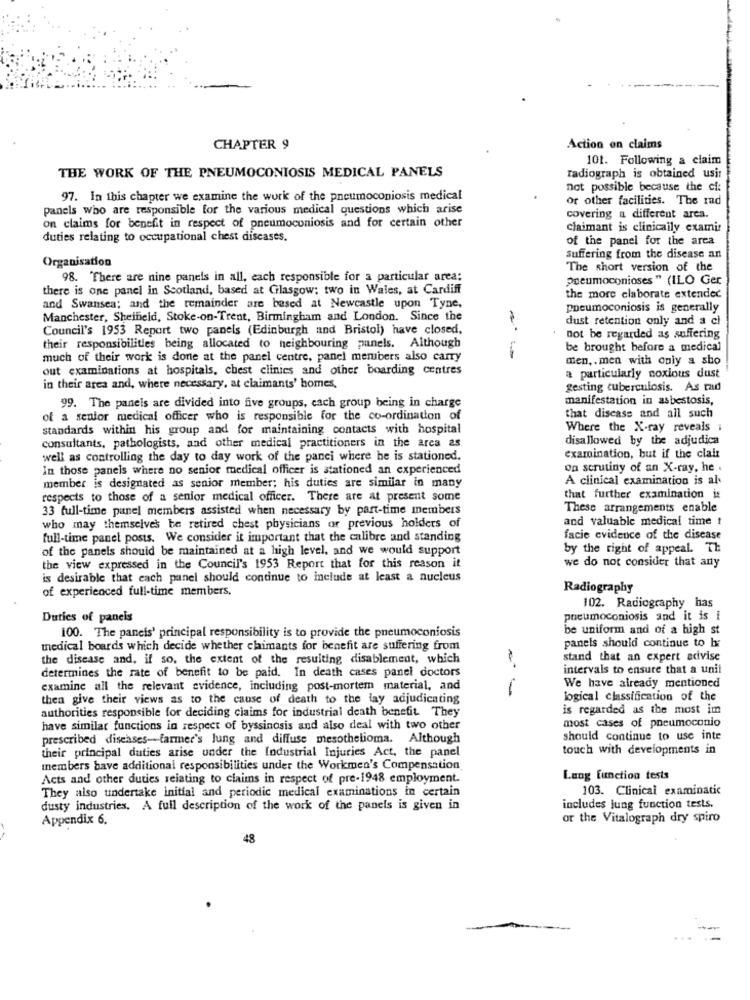
CHAPTER 9
Action on claims
101. Following a claim
THE WORK OF THE PNEUMOCONIOSIS MEDICAL PANELS
radiograph is obtained usit
not possible because the cf:
97. In this chapter we examine the work of the pneumoconiosis medical
or other facilities. The rad
panels who are responsible for the various medical questions which arise
on claims for benefit in respect of pneumoconiosis and for certain other
covering a different arca.
claimant is clinically examir
duties relating to occupational chest diseases.
of the panel for the area
Organisation
suffering from the disease an
The short version of the
98. There are nine panels in all, each responsible for a particular area;
Poeumoconioses " (ILO Ger
there is one panel in Scotland, based at Glasgow; two in Wales, at Cardiff
the more elaborate extended
and Swansea; and the remainder are based at Newcastle upon Tyne,
pneumoconiosis is generally
Manchester, Sheffield, Stoke-on-Trent, Birmingham and London. Since the
dust retention only and a cl
Council's 1953 Report two panels (Edinburgh and Bristol) have closed,
not be regarded as suffering
their responsibilities being allocated to neighbouring panels. Although
be brought before a medical
much of their work is done at the panel centre, panel members also carry
men. . men with only a sho
out examinations at hospitals, chest clinics and other boarding centres
a particularly noxious dust
in their area and, where necessary, at claimants' homes,
gesting tuberculosis. As rad
manifestation in asbestosis,
99. The panels are divided into five groups, each group being in charge
of a senior medical officer who is responsible for the co-ordination of
that disease and all such
standards within his group and for maintaining contacts with hospital
Where the X-ray reveals i
consultants, pathologists, and other medical practitioners in the area as
disallowed by the adjudica
well as controlling the day to day work of the panci where he is stationed.
examination, but if the clair
In those panels where no senior medical officer is stationed an experienced
on scrutiny of an X-ray, he .
member is designated as senior member; his duties are similar in many
A clinical examination is al
respects to those of a senior medical officer. There are at present some
that further examination is
33 full-time panel members assisted when necessary by part-time members
These arrangements enable
and valuable medical time t
who may themselves be retired chest physicians or previous holders of
full-time panel posts. We consider it important that the calibre and standing
facie evidence of the disease
of the panels should be maintained at a high level, and we would support
by the right of appeal. Th
we do not consider that any
the view expressed in the Council's 1953 Report that for this reason it
is desirable that each panel should continue to include at least a nucleus
of experienced full-time members,
Radiography
102. Radiography has
Duties of paneis
pneumoconiosis and it is i
be uniform and of a high st
100. The paneis' principal responsibility is to provide the pneumoconiosis
panels should continue to b;
medical boards which decide whether claimants for benefit are suffering from
the disease and, if so, the extent of the resulting disablement, which
stand that an expert advise
determines the rate of benefit to be paid. In death cases panel doctors
intervals to ensure that a unit
examine all the relevant evidence, including post-mortem material, and
1
We have already mentioned
then give their views as to the cause of death to the lay adjudicating
logical classification of the
authorities responsible for deciding claims for industrial death benefit They
is regarded as the most im
most cases of pneumoconio
have similar functions in respect of byssinosis and also deal with two other
prescribed diseases-farmer's Jung and diffuse mesothelioma. Although
should continue to use inte
their principal duties arise under the Industrial Injuries Act, the panel
touch with developments in
members have additional responsibilities under the Workmen's Compensation
Acts and other duties relating to claims in respect of pre-1948 employment.
Lung function tests
They also undertake initial and periodic medical examinations in certain
103. Clinical examinatic
dusty industries. A full description of the work of the panels is given in
includes lung function tests.
Appendix 6.
or the Vitalograph dry spiro
48